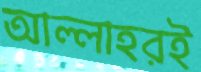
আল্লাহরই